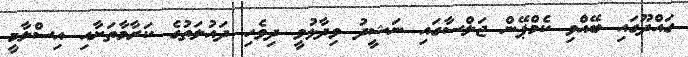
ގައްދޫގައި ބޭއްވި ކެމްޕޭން ޖަލްސާގައި ނަޝީދު ވިދާޅުވީ ދިވެހި ދައުލަތުގެ ކަރާމާތަށާއި އިސްލާމީ